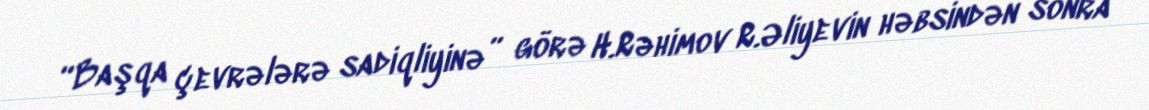
“Başqa çevrələrə sadiqliyinə” görə H.Rəhimov R.Əliyevin həbsindən sonra